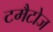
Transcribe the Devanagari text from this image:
टमैटोज